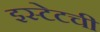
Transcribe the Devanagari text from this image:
इस्टेटची